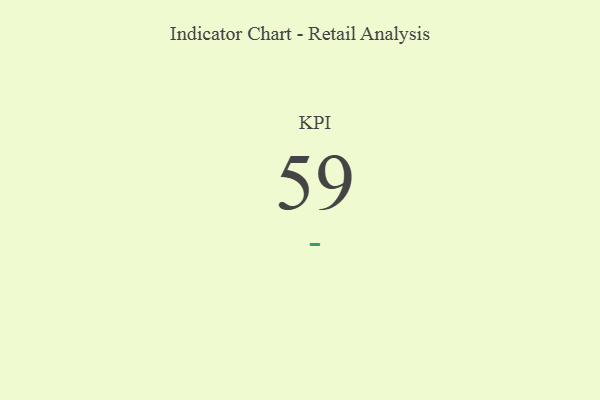
{"axis": {"x": "KPI", "y": "Value"}, "legend": [""], "data": [{"x": "KPI", "y": 59, "type": ""}]}